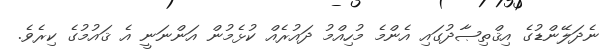
ނެދަލޭންޑުގެ އިޤްތިޞާދުގައި އެންމެ މުހިއްމު ދައުރެއް ކުޅެމުން އަންނަނީ އެ ޤައުމުގެ ކިރެވެ.